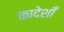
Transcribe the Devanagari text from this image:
कादेशाँ